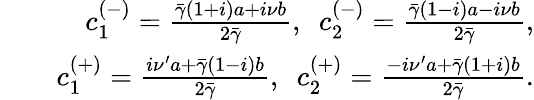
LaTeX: \begin{array}{rlr}&{}&{c_{1}^{(-)}=\frac{\bar{\gamma}(1+i)a+i\nu b}{2\bar{\gamma}},~~c_{2}^{(-)}=\frac{\bar{\gamma}(1-i)a-i\nu b}{2\bar{\gamma}},}\\ &{}&{c_{1}^{(+)}=\frac{i\nu^{\prime}a+\bar{\gamma}(1-i)b}{2\bar{\gamma}},~~c_{2}^{(+)}=\frac{-i\nu^{\prime}a+\bar{\gamma}(1+i)b}{2\bar{\gamma}}.}\end{array}